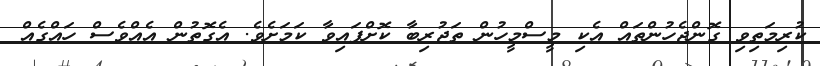
ކުރިމަތިވި ގޮންޖެހުންތައް އެކި މީސްމީހުން ތަޖުރިބާ ކޮށްފައިވާ ކަމަށެވެ. އެގޮތުން އެއްވެސް ހައްގެއް